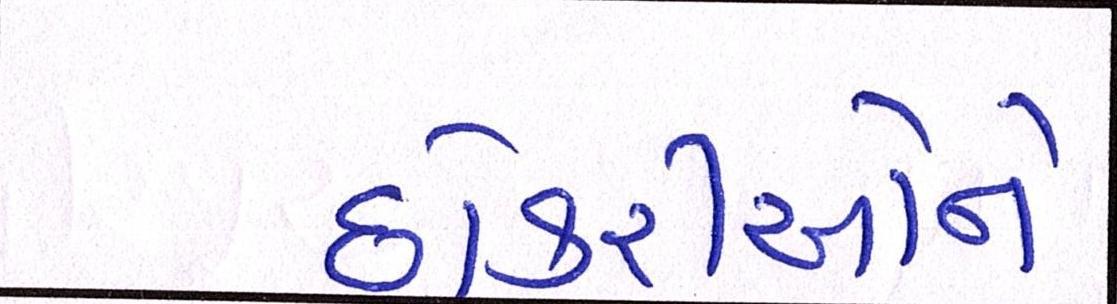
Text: છોકરીઓને